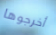
أخرجوها